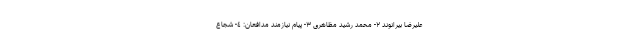
علیرضا بیرانوند ٢- محمد رشید مظاهرى ٣- پیام نیازمند مدافعان: ٤- شجاع